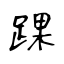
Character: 踝